Scottish Leaving Certificate Examination, 1956
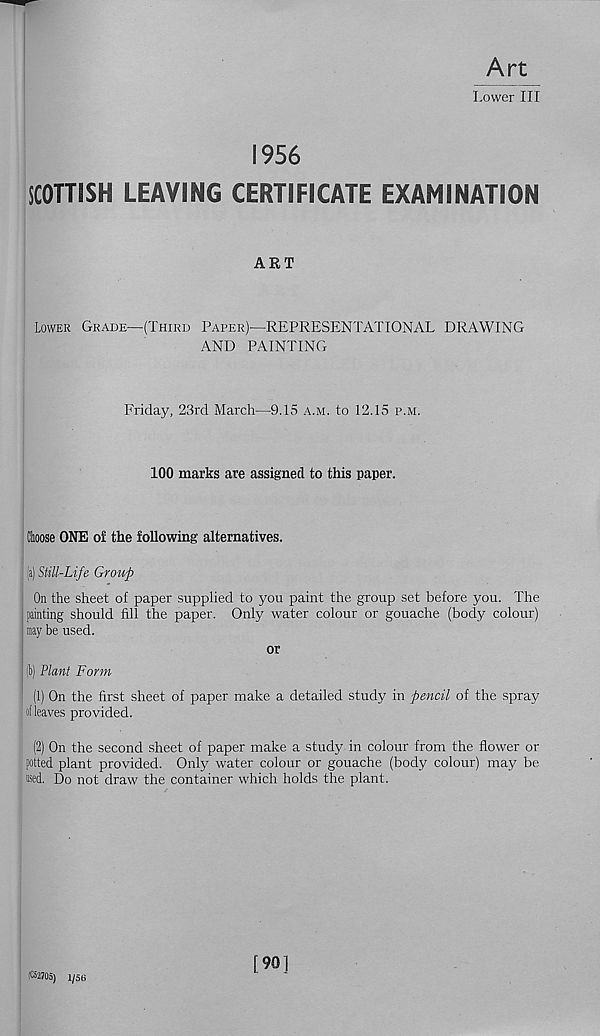
Art
Lower III
1956
SCOTTISH LEAVING CERTIFICATE EXAMINATION
ART
Lower Grade—(Third Paper)—REPRESENTATIONAL DRAWING
AND PAINTING
Friday, 23rd March—9.15 a.m. to 12.15 p.m.
100 marks are assigned to this paper.
Choose ONE o£ the following alternatives.
(i) Still-Life Group
On the sheet of paper supplied to you paint the group set before you. The
painting should fill the paper. Only water colour or gouache (body colour)
may be used.
or
(b) Plant Form
(1) On the first sheet of paper make a detailed study in pencil of the spray
af leaves provided.
(2) On the second sheet of paper make a study in colour from the flower or
potted plant provided. Only water colour or gouache (body colour) may be
Kd. Do not draw the container which holds the plant.
^MOS) 1/56
[90]